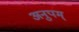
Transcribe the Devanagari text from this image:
अनुपम्